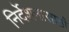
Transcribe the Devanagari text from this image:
निर्देशनासाठी